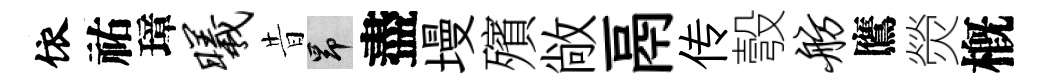
依祐璋曦昔昂盡墁殯敞鬲传彀舫鷹熒槪